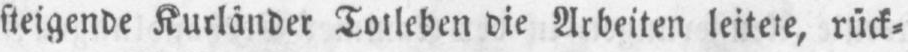
steigende Kurländer Totleben die Arbeiten leitete, rück⸗